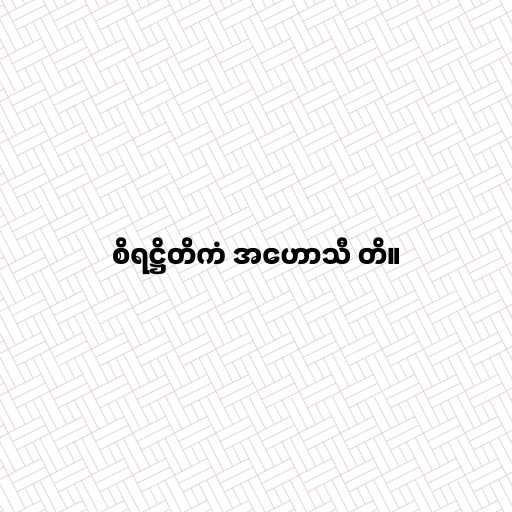
စိရဋ္ဌိတိကံ အဟောသီ တိ။